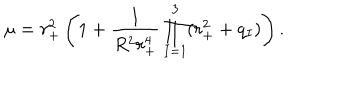
LaTeX: \mu = r _ { + } ^ { 2 } \left( 1 + \frac { 1 } { R ^ { 2 } r _ { + } ^ { 4 } } \prod _ { I = 1 } ^ { 3 } ( r _ { + } ^ { 2 } + q _ { I } ) \right) .